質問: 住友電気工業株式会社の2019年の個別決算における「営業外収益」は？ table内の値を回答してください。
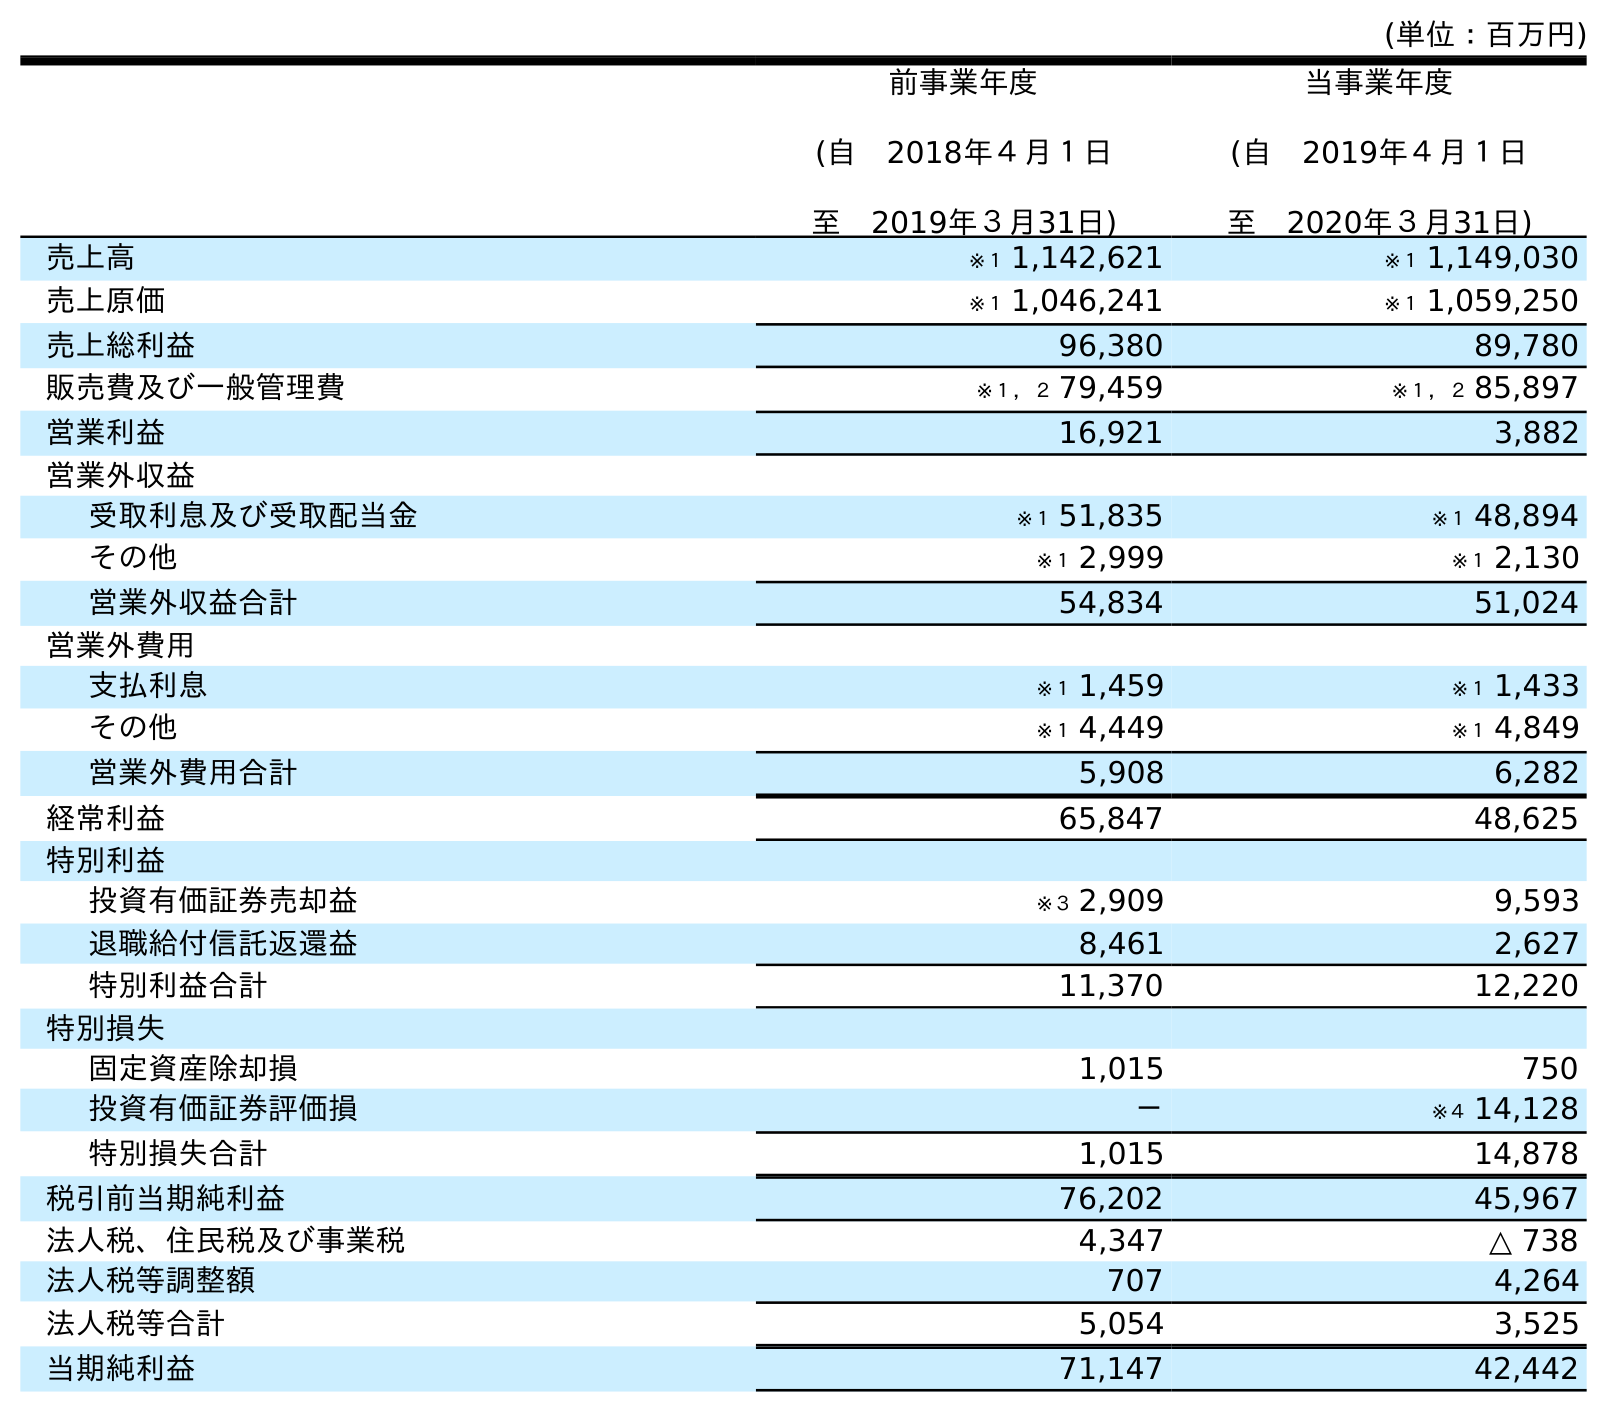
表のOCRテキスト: (単位：百万円) 前事業年度 (自 2018年４月１日 至 2019年３月31日) 当事業年度 (自 2019年４月１日 至 2020年３月31日) 売上高 ※１ 1,142,621 ※１ 1,149,030 売上原価 ※１ 1,046,241 ※１ 1,059,250 売上総利益 96,380 89,780 販売費及び一般管理費 ※１，２ 79,459 ※１，２ 85,897 営業利益 16,921 3,882 営業外収益 受取利息及び受取配当金 ※１ 51,835 ※１ 48,894 その他 ※１ 2,999 ※１ 2,130 営業外収益合計 54,834 51,024 営業外費用 支払利息 ※１ 1,459 ※１ 1,433 その他 ※１ 4,449 ※１ 4,849 営業外費用合計 5,908 6,282 経常利益 65,847 48,625 特別利益 投資有価証券売却益 ※３ 2,909 9,593 退職給付信託返還益 8,461 2,627 特別利益合計 11,370 12,220 特別損失 固定資産除却損 1,015 750 投資有価証券評価損 － ※４ 14,128 特別損失合計 1,015 14,878 税引前当期純利益 76,202 45,967 法人税、住民税及び事業税 4,347 △ 738 法人税等調整額 707 4,264 法人税等合計 5,054 3,525 当期純利益 71,147 42,442
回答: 54,834